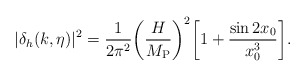
\begin{align*}|\delta_{h}(k,\eta)|^2 = \frac{1}{2 \pi^2} \biggl(\frac{H}{M_{\rm P}}\biggr)^2 \biggl[ 1 + \frac{\sin{2 x_0}}{x_0^3}\biggr].\end{align*}